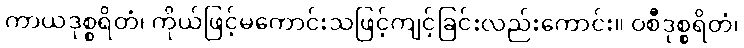
ကာယဒုစ္စရိတံ၊ ကိုယ်ဖြင့်မကောင်းသဖြင့်ကျင့်ခြင်းလည်းကောင်း။ ဝစီဒုစ္စရိတံ၊